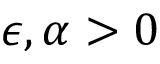
\epsilon , \alpha > 0